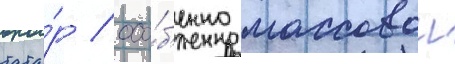
тата́р / осо́б'енно массовои